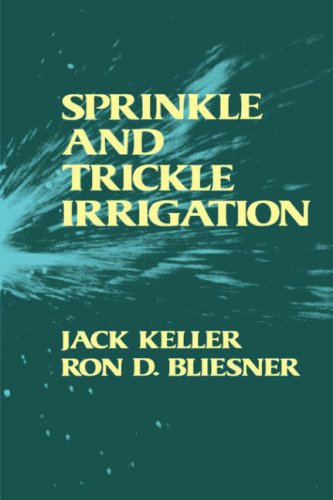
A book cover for Sprinkle and Trickle Irrigation; Ron D. Bliesner; Science & Math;